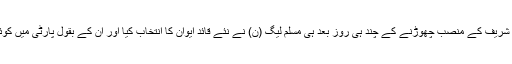
اُن کا کہنا تھا نواز شریف کے منصب چھوڑنے کے چند ہی روز بعد ہی مسلم لیگ (ن) نے نئے قائد ایوان کا انتخاب کیا اور اُن کے بقول پارٹی میں کوئی دراڑ نہیں پڑی۔